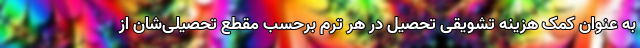
به عنوان کمک هزینه تشویقی تحصیل در هر ترم برحسب مقطع تحصیلی‌شان از